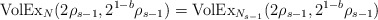
\begin{align*} {\rm VolEx}_{N}(2\rho_{s-1},2^{1-b}\rho_{s-1}) = {\rm VolEx}_{N_{s-1}}(2\rho_{s-1},2^{1-b}\rho_{s-1}) \end{align*}